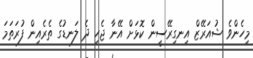
މިހެންވެ ޝުއަރޭޒް އިނގިރޭސީން ކޮޅަށް އޭނާ ޖެހި ދެ ލަނޑުގެ ތެރެއިން ފުރަތަމަ